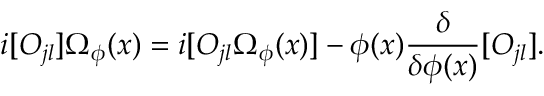
i [ { \cal O } _ { j l } ] { \mit \Omega } _ { \phi } ( x ) = i [ { \cal O } _ { j l } { \mit \Omega } _ { \phi } ( x ) ] - \phi ( x ) \frac { \delta } { \delta \phi ( x ) } [ { \cal O } _ { j l } ] .